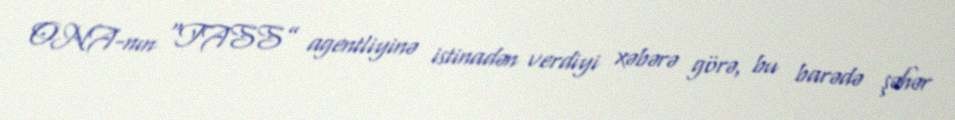
ONA-nın “TASS” agentliyinə istinadən verdiyi xəbərə görə, bu barədə şəhər